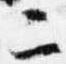
二